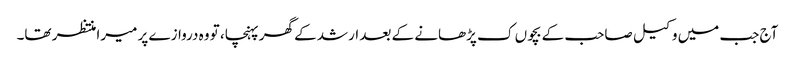
آج جب میں وکیل صاحب کے بچوں ک پڑھانے کے بعد ارشد کے گھر پہنچا، تو وہ دروازے پر میرا منتظر تھا۔